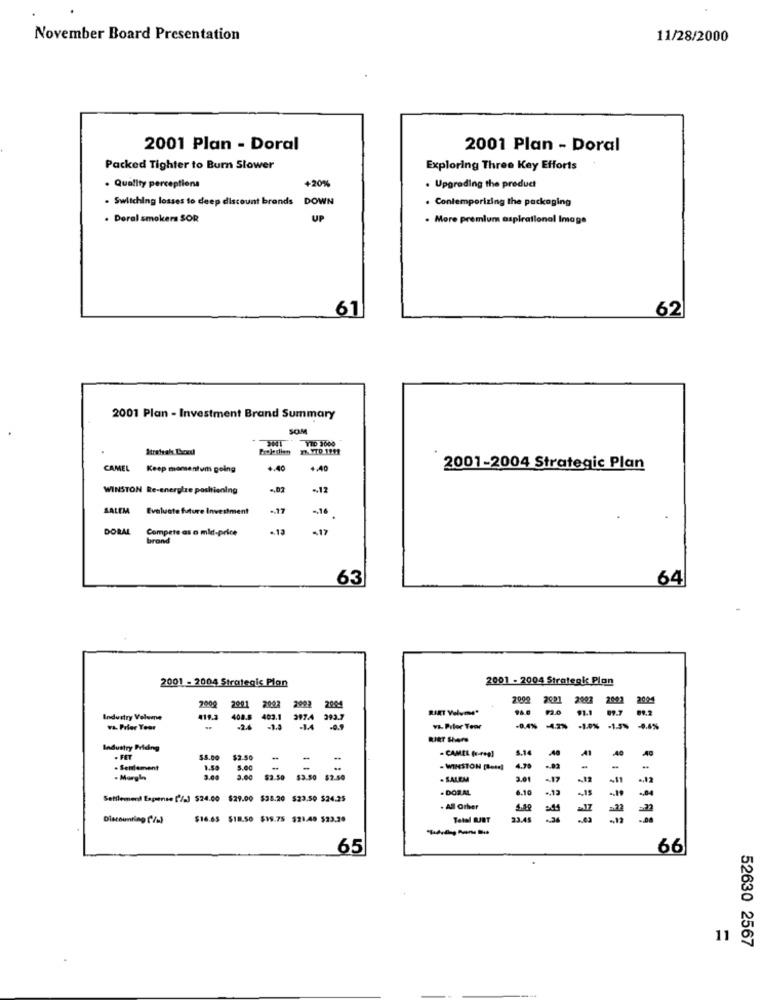
November Board Presentation
11/28/2000
2001 Plan - Doral
2001 Plan - Doral
Packed Tighter to Burn Slower
Exploring Three Key Efforts
. Quality perceptions
+20%
Upgrading the product
. Switching losses to deep discount brands
DOWN
. Contemporizing the packaging
. Deral smokers SOR
UP
. More premium aspirational Image
61
62
2001 Plan - Investment Brand Summary
SOM
TID 3600
CAMEL
Keep momentum going
4.40
4.40
2001-2004 Strategic Plan
WINSTON Re-energize positioning
-12
SALEM
Evaluate fut
re Investment
.. 17
-. 16
DORAL
Compete as a mid-price
-17
brand
63
64
2001 - 2004 Strategic Plan
2001 - 2004 Strategk Plon
2009
2092
2021
2002
2991
2901 2022
Industry Volume
411.3
408.5 403.1
=
va. Prier Your
-2.6
-1.4
- -.
va. Prlor Teor
-0.4%
-4.2% -1.0% -1.5%
Industry Pricing
- CAMEL (o-reg]
6.14
. FET
$5.00
$2.50
. Senlement
1.50
5.00
-
- WINSTON [Rese)
4.70
-. 92
-
-Margin
3.00
$2.50 $3.50 $
. SALEM
3.01
-17
-11
. DORAL
Settlement Expense [/J) 524.00 $29.00 $38.20 $23,50 $24.25
6.10
.. 12
. All Other
4.89
Discounting (/)
$16.65 $18.50 $19.75 521.40 $23.20
Total RJRT
23.45
2
---
65
66
11
52630 2567